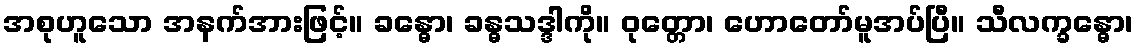
အစုဟူသော အနက်အားဖြင့်။ ခန္ဓော၊ ခန္ဓသဒ္ဒါကို။ ဝုတ္တော၊ ဟောတော်မူအပ်ပြီ။ သီလက္ခန္ဓော၊